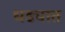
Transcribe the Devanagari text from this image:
धड्यात